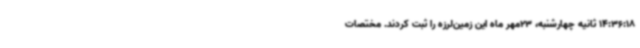
14:36:18 ثانیه چهارشنبه، 23مهر ماه این زمین‌لرزه را ثبت کردند. مختصات